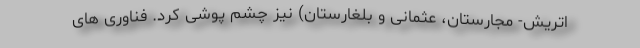
اتریش- مجارستان، عثمانی و بلغارستان) نیز چشم پوشی کرد. فناوری های